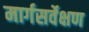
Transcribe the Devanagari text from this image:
मार्गसर्वेक्षण